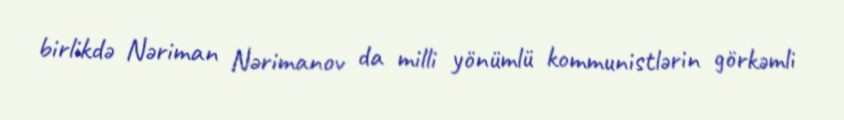
birlikdə Nəriman Nərimanov da milli yönümlü kommunistlərin görkəmli